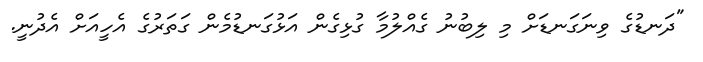
"ދަނޑުގެ ވިނަގަނޑަށް މި ލިބުނު ގެއްލުމާ ގުޅިގެން އަޅުގަނޑުމެން ގަތަރުގެ އެހީއަށް އެދުނީ.